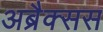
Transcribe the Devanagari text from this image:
अब्रैक्सस